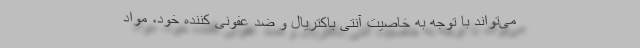
می‌تواند با توجه به خاصیت آنتی باکتریال و ضد عفونی کننده خود، مواد